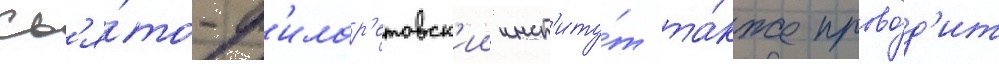
Св'я́то-ф'илар'етовск'ии инст'иту́т та́кже прово́д'ит